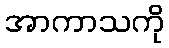
အာကာသကို